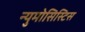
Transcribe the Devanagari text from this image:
न्युमोसिस्टिस